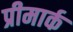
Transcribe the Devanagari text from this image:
प्रीमार्क